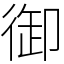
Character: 御